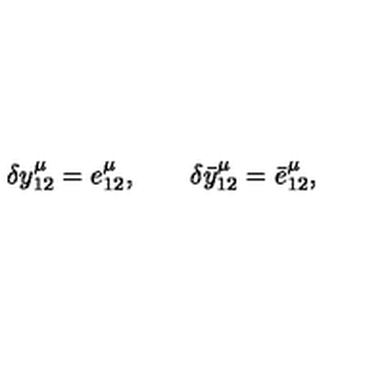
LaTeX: \delta y _ { 1 2 } ^ { \mu } = e _ { 1 2 } ^ { \mu } , \qquad \delta \bar { y } _ { 1 2 } ^ { \mu } = \bar { e } _ { 1 2 } ^ { \mu } ,